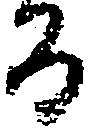
百